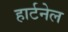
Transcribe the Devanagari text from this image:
हार्टनेल